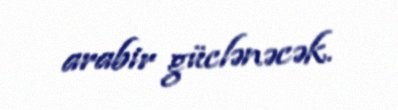
arabir güclənəcək.